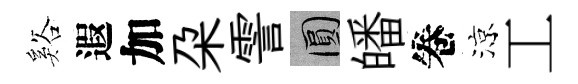
谿遐加朶霅圓皤卷涼工